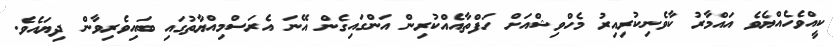
ކީއްވެހެއްޔެވެ އައްމާރު ކާވެނިކުރިއިރު މެހްވިޝްއަށް ހަފްތާއެއްކުރިން އަންގައިގެން އޭނަ އެރަސްމިއްޔާތުގައި ބައިވެރިވާން ދިޔައެވެ.